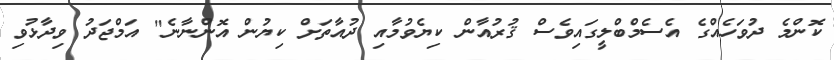
ކޮންމެ ދުވަހެއްގެ އެސެމްބްލީގައިވެސް ޤުރުއާން ކިޔެވުމާއި ދުއާތަށް ކިޔުން އޮންނާނެ" އަމްޖަދު ވިދާޅުވި